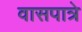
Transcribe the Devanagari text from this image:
वासपात्रे